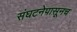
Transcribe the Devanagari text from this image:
संघटनेपासूनच